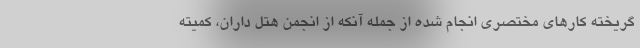
گریخته کارهای مختصری انجام شده از جمله آنکه از انجمن هتل داران، کمیته